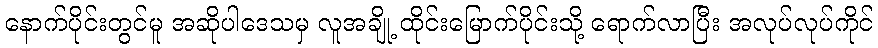
နောက်ပိုင်းတွင်မူ အဆိုပါဒေသမှ လူအချို့ ထိုင်းမြောက်ပိုင်းသို့ ရောက်လာပြီး အလုပ်လုပ်ကိုင်